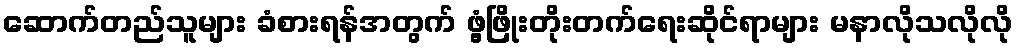
ဆောက်တည်သူများ ခံစားရန်အတွက် ဖွံ့ဖြိုးတိုးတက်ရေးဆိုင်ရာများ မနာလိုသလိုလို